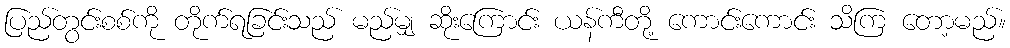
ပြည်တွင်းစစ်ကို တိုက်ရခြင်းသည် မည်မျှ ဆိုးကြောင်း ယန်ကီတို့ ကောင်းကောင်း သိကြ တော့မည်။